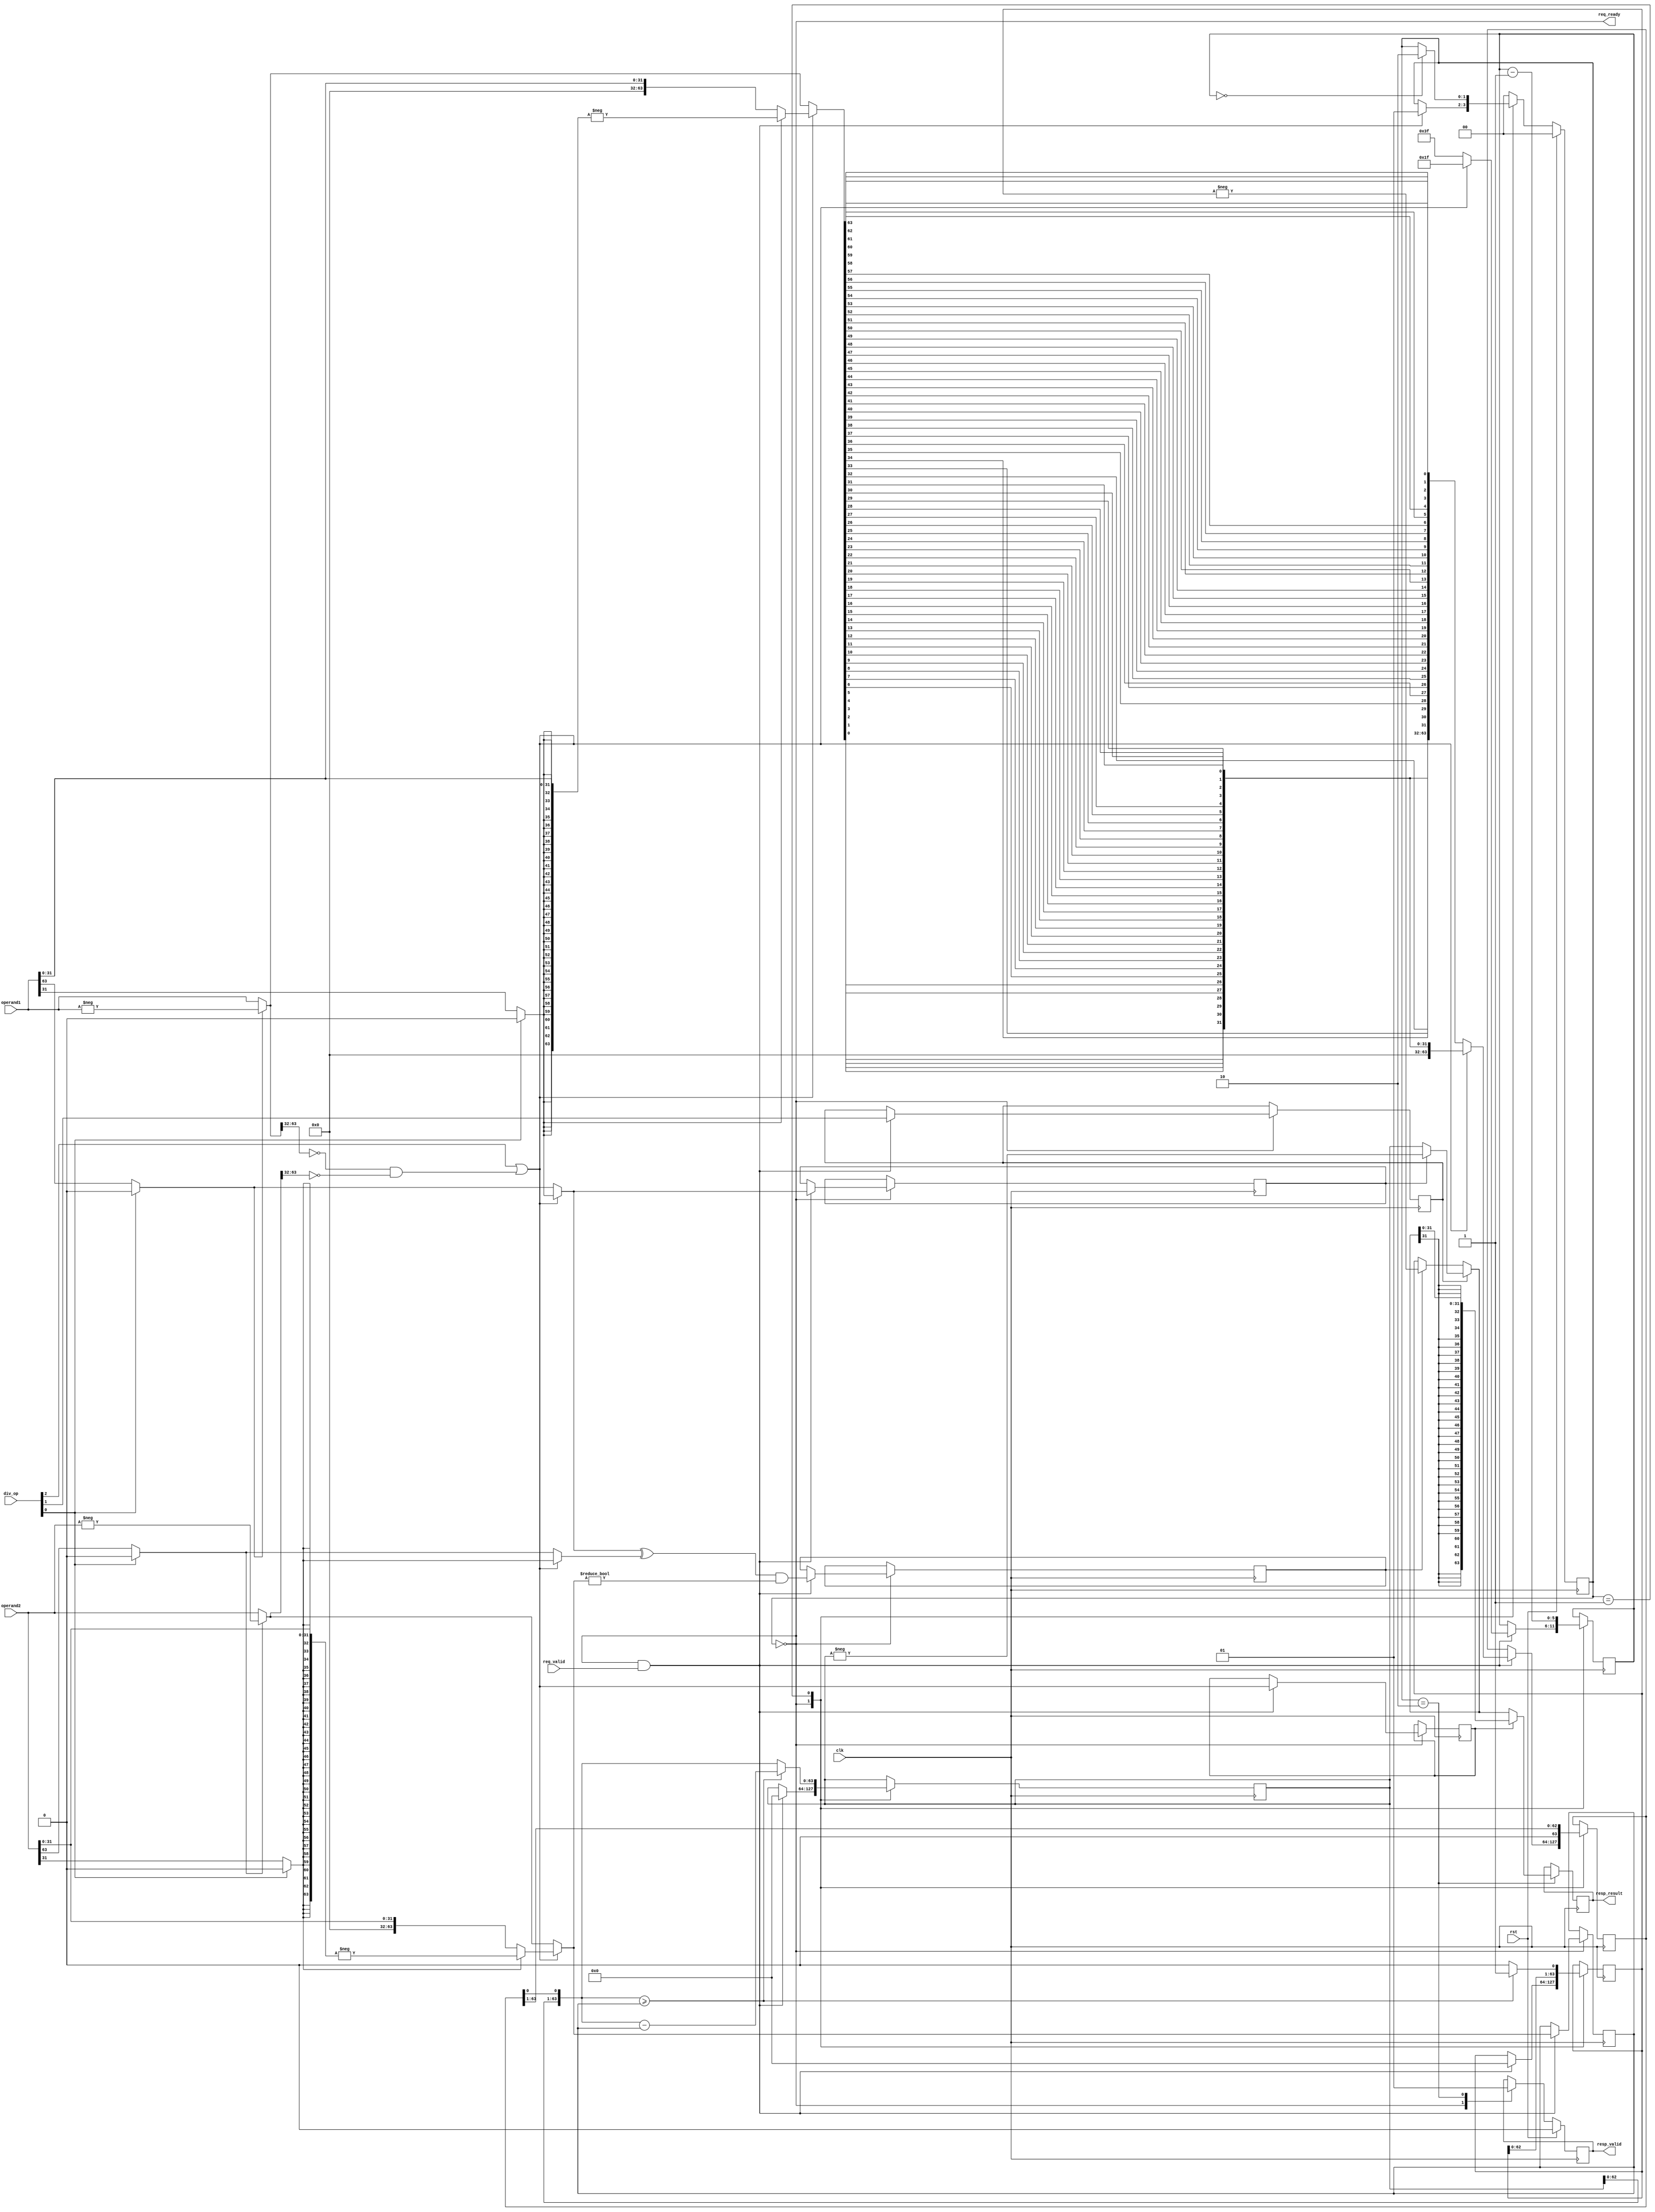
//
// RISu64
// Copyright 2022 Wenting Zhang
//
// Permission is hereby granted, free of charge, to any person obtaining a copy
// of this software and associated documentation files (the "Software"), to deal
// in the Software without restriction, including without limitation the rights
// to use, copy, modify, merge, publish, distribute, sublicense, and/or sell
// copies of the Software, and to permit persons to whom the Software is
// furnished to do so, subject to the following conditions:
//
// The above copyright notice and this permission notice shall be included in
// all copies or substantial portions of the Software.
//
// THE SOFTWARE IS PROVIDED "AS IS", WITHOUT WARRANTY OF ANY KIND, EXPRESS OR
// IMPLIED, INCLUDING BUT NOT LIMITED TO THE WARRANTIES OF MERCHANTABILITY,
// FITNESS FOR A PARTICULAR PURPOSE AND NONINFRINGEMENT. IN NO EVENT SHALL THE
// AUTHORS OR COPYRIGHT HOLDERS BE LIABLE FOR ANY CLAIM, DAMAGES OR OTHER
// LIABILITY, WHETHER IN AN ACTION OF CONTRACT, TORT OR OTHERWISE, ARISING FROM,
// OUT OF OR IN CONNECTION WITH THE SOFTWARE OR THE USE OR OTHER DEALINGS IN THE
// SOFTWARE.
//
// This is based on lowRISC's muntjac divider design.
//`include "../params.vh"

module div(
    input  wire         clk,
    input  wire         rst,
    input  wire [63:0]  operand1,
    input  wire [63:0]  operand2,
    input  wire [2:0]   div_op,
    input  wire         req_valid,
    output wire         req_ready,
    output reg  [63:0]  resp_result,
    output reg          resp_valid
);

    // Comb signals of pre-processed inputs
    wire a_sign;
    wire b_sign;
    wire [63:0] a_mag;
    wire [63:0] b_mag;
    wire [63:0] a_rev;

    wire op_unsigned = div_op[0];
    wire op_rem = div_op[1];
    reg op_rem_reg;
    reg op_word_reg;

    wire a_sign_64;
    wire b_sign_64;
    wire a_sign_32;
    wire b_sign_32;
    wire [63:0] a_mag_64;
    wire [63:0] b_mag_64;
    wire [63:0] a_ext  ;
    wire [63:0] b_ext  ;
    wire [63:0] a_mag_32;
    wire [63:0] b_mag_32;
    assign a_sign_64 = (op_unsigned) ? 1'b0 : operand1[63];
    assign b_sign_64 = (op_unsigned) ? 1'b0 : operand2[63];
    assign a_sign_32 = (op_unsigned) ? 1'b0 : operand1[31];
    assign b_sign_32 = (op_unsigned) ? 1'b0 : operand2[31];
    assign a_mag_64 = (a_sign_64) ? (-operand1) : (operand1);
    assign b_mag_64 = (b_sign_64) ? (-operand2) : (operand2);
    assign a_ext = {{32{a_sign_32}}, operand1[31:0]};
    assign b_ext = {{32{b_sign_32}}, operand2[31:0]};
    assign a_mag_32 = (a_sign_32) ? (-a_ext) : (a_ext);
    assign b_mag_32 = (b_sign_32) ? (-b_ext) : (b_ext);

    wire op_word;
    assign op_word = div_op[2] ||
            ((a_mag_64[63:32] == 32'b0) && (b_mag_64[63:32] == 32'b0));
    assign a_mag = (op_word) ? (a_mag_32) : (a_mag_64);
    assign b_mag = (op_word) ? (b_mag_32) : (b_mag_64);
    assign a_sign = (op_word) ? (a_sign_32) : (a_sign_64);
    assign b_sign = (op_word) ? (b_sign_32) : (b_sign_64);

    wire [31:0] a_rev_32;
    wire [63:0] a_rev_64; 
    genvar i;
    generate
        for (i = 0; i < 32; i = i + 1)
            assign a_rev_32[i] = a_mag[31-i];
        for (i = 0; i < 64; i = i + 1)
            assign a_rev_64[i] = a_mag[63-i];
    endgenerate
    assign a_rev = (op_word) ? {32'b0, a_rev_32} : a_rev_64;

    localparam ST_IDLE = 2'd0;
    localparam ST_CALCULATE = 2'd1;
    localparam ST_OUTPUT = 2'd2;
    reg [1:0] state;
    reg [5:0] loop;
    reg [63:0] a, b;
    reg [63:0] quo, rem;
    reg quo_neg, rem_neg;
    wire [63:0] rem_shift;
    wire [63:0] result_64;

    assign rem_shift = {rem[62:0], a[0]};
    assign result_64 = (op_rem_reg) ?
            ((rem_neg) ? (-rem) : (rem)) :
            ((quo_neg) ? (-quo) : (quo));

    assign req_ready = (state == ST_IDLE);

    always @(posedge clk) begin
        case (state)
        ST_IDLE: begin
            if (resp_valid)
                resp_valid <= 1'b0;
            if (req_ready && req_valid) begin
                state <= ST_CALCULATE;
                loop <= op_word ? 31 : 63;
                quo <= 64'd0;
                rem <= 64'd0;
                a <= a_rev;
                b <= b_mag;
                quo_neg <= (a_sign ^ b_sign) && (b_mag != 0);
                rem_neg <= a_sign; 
                op_word_reg <= op_word;
                op_rem_reg <= op_rem;
            end
        end
        ST_CALCULATE: begin
            a <= {1'b0, a[63:1]};
            if (rem_shift >= b) begin
                rem <= rem_shift - b;
                quo <= {quo[62:0], 1'b1};
            end
            else begin
                rem <= rem_shift;
                quo <= {quo[62:0], 1'b0};
            end
            loop <= loop - 1;
            if (loop == 0) begin
                state <= ST_OUTPUT;
            end
        end
        ST_OUTPUT: begin
            state <= ST_IDLE;
            resp_valid <= 1'b1;
            resp_result <= (op_word_reg) ?
                    {{32{result_64[31]}}, result_64[31:0]} : result_64;
        end
        default: begin
            // $display("ERROR: Divider entered invalid state");
            state <= ST_IDLE;
        end
        endcase

        if (rst) begin
            resp_valid <= 1'b0;
            state <= ST_IDLE;
        end
    end

endmodule